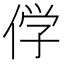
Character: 𬾣